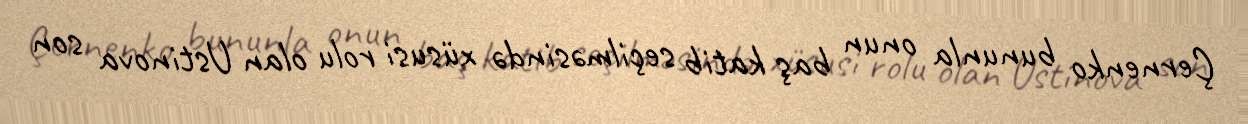
Çernenko bununla onun baş katib seçilməsində xüsusi rolu olan Ustinova son